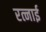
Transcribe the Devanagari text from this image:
रत्नाई